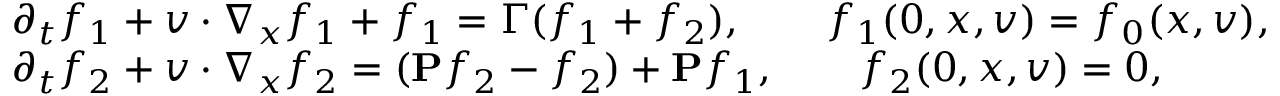
\begin{array} { r l } & { \partial _ { t } f _ { 1 } + v \cdot \nabla _ { x } f _ { 1 } + f _ { 1 } = \Gamma ( f _ { 1 } + f _ { 2 } ) , \qquad f _ { 1 } ( 0 , x , v ) = f _ { 0 } ( x , v ) , } \\ & { \partial _ { t } f _ { 2 } + v \cdot \nabla _ { x } f _ { 2 } = ( \mathbf { P } f _ { 2 } - f _ { 2 } ) + \mathbf { P } f _ { 1 } , \qquad f _ { 2 } ( 0 , x , v ) = 0 , } \end{array}